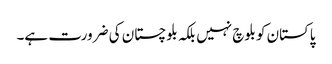
پاکستان کو بلوچ نہیں بلکہ بلوچستان کی ضرورت ہے۔